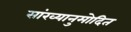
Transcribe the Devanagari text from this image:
सांख्यानुमोदित